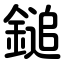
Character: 鎚